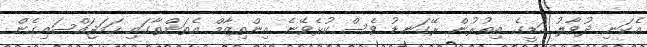
އެކަނި ދުވާލު ގަޑީގެ އިތުރުން ރޭގަނޑު ވެސް ކުޅެވޭނެ އިންތިޒާމް އެތަންތާގައި ހަމަޖައްސައިގެން